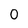
Character: 0